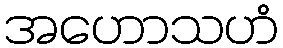
အဟောသဟံ